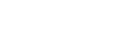
သစ်သားကို